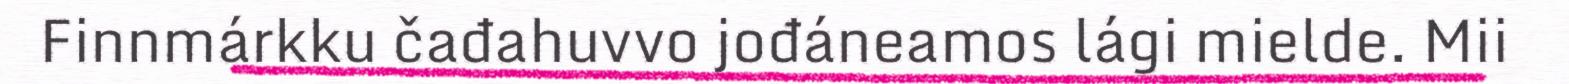
Finnmárkku čađahuvvo jođáneamos lági mielde. Mii